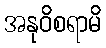
အနုဝိစရာမိ